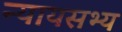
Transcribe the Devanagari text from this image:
न्यायसभ्य